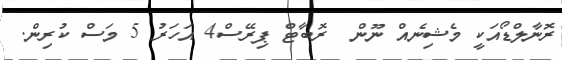
ރޮނާލްޑޯއަކީ މެޝިނެއް ނޫން  ރޮބާޓް ޕިރޭސް4 އަހަރު 5 މަސް ކުރިން.